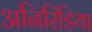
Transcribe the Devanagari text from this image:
अनिरिडिया